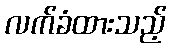
လက်ခံထားသည့်